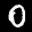
Label: 0